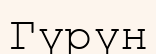
Гүрүн